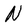
Character: N